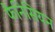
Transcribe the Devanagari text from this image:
फैनिसियन